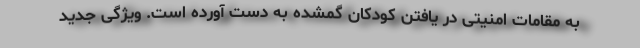
به مقامات امنیتی در یافتن کودکان گمشده به دست آورده است. ویژگی جدید